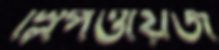
স্লিপওয়েজ